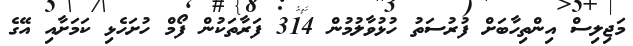
މަޖިލިސް އިންތިހާބަށް ފުރުސަތު ހުޅުވާލުމުން 314 ފަރާތަކުން ފޯމް ހުށަހެޅި ކަމަށާއި އޭގެ